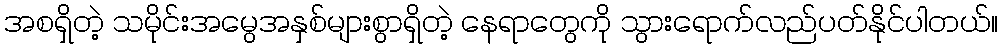
အစရှိတဲ့ သမိုင်းအမွေအနှစ်များစွာရှိတဲ့ နေရာတွေကို သွားရောက်လည်ပတ်နိုင်ပါတယ်။